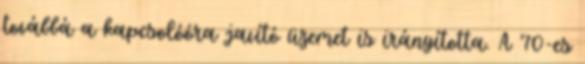
továbbá a kapcsolóóra javító üzemet is irányította. A ’70-es